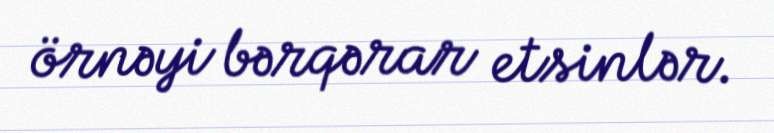
örnəyi bərqərar etsinlər.